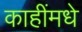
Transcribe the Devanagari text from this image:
काहींमधे